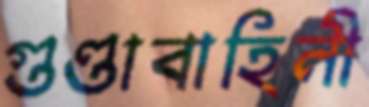
গুণ্ডাবাহিনী